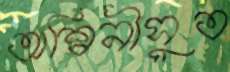
অশ্বিনীসুত